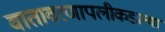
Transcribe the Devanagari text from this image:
वातावरणापलीकडल्या